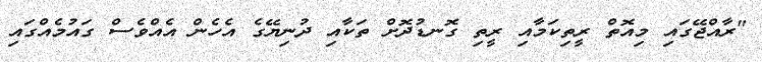
"ރާއްޖޭގައި މިއޮތް ރީތިކަމާއި ރީތި ގޮނޑުދޮށް ތަކާއި ދުނިޔޭގެ އެހެން އެއްވެސް ގައުމެއްގައި